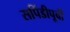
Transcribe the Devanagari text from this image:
सपिंडीपूर्वीं